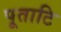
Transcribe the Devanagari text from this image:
पूताटि